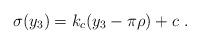
LaTeX: \begin{align*}\sigma (y_3) = k_c (y_3 - \pi \rho) + c ~.~\,\end{align*}